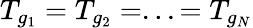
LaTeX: T_{g_{1}}=T_{g_{2}}=...=T_{g_{N}}